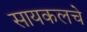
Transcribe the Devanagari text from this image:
सायकलचे